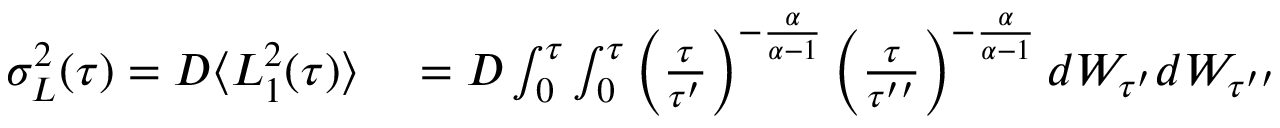
\begin{array} { r l } { \sigma _ { L } ^ { 2 } ( \tau ) = D \langle L _ { 1 } ^ { 2 } ( \tau ) \rangle } & { { } = D \int _ { 0 } ^ { \tau } \int _ { 0 } ^ { \tau } \left( \frac { \tau } { \tau ^ { \prime } } \right) ^ { - \frac { \alpha } { \alpha - 1 } } \left( \frac { \tau } { \tau ^ { \prime \prime } } \right) ^ { - \frac { \alpha } { \alpha - 1 } } d W _ { \tau ^ { \prime } } d W _ { \tau ^ { \prime \prime } } } \end{array}